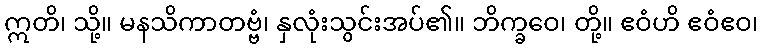
ဣတိ၊ သို့။ မနသိကာတဗ္ဗံ၊ နှလုံးသွင်းအပ်၏။ ဘိက္ခဝေ၊ တို့။ ဧဝံဟိ ဧဝံဧဝ၊